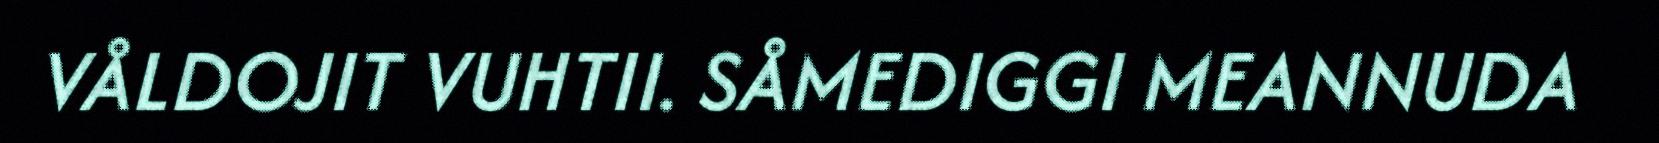
VÅLDOJIT VUHTII. SÅMEDIGGI MEANNUDA